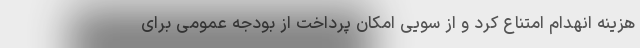
هزینه انهدام امتناع کرد و از سویی امکان پرداخت از بودجه عمومی برای